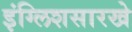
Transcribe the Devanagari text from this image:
इंग्लिशसारखे